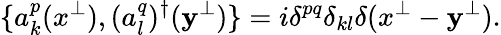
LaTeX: \{ a_{k}^{p}(x^{\perp}),(a_{l}^{q})^{\dagger}(\mathbf{y}^{\perp})\} =i\delta^{pq}\delta_{kl}\delta(x^{\perp}-\mathbf{y}^{\perp}).